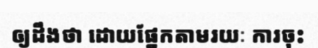
ឲ្យដឹងថា ដោយផ្នែកតាមរយៈ ការចុះ